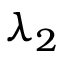
\lambda _ { 2 }